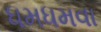
ધમધમવા